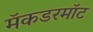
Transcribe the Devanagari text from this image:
मॅकडरमॉट